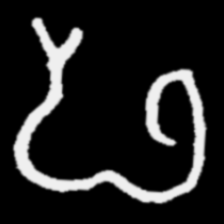
Pyu character \u2014 Myanmar letter: ဖ (romanized: pha)